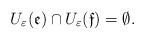
LaTeX: \begin{align*}U_{\varepsilon}(\mathfrak{e})\cap U_{\varepsilon}(\mathfrak{f})=\emptyset.\end{align*}